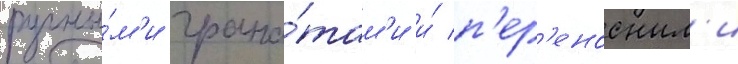
ручны́м'и грана́там'и и́ п'ер'еносным'и